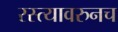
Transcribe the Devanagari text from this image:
रस्त्यावरुनच